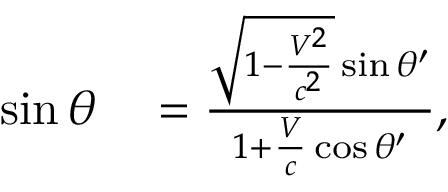
\begin{array} { r l } { \sin \theta } & { { } = { \frac { { \sqrt { 1 - { \frac { V ^ { 2 } } { c ^ { 2 } } } } } \sin \theta ^ { \prime } } { 1 + { \frac { V } { c } } \cos \theta ^ { \prime } } } , } \end{array}